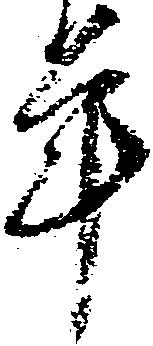
年